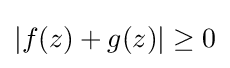
|f(z)+g(z)|\geq 0